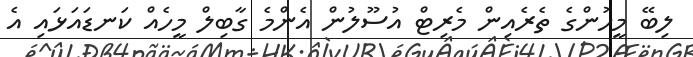
ލިބޭ މީހުންގެ ތެރެއިން މެރިޓް އުސޫލުން އެންމެ ގާބިލް މީހެއް ކަނޑައަޅައި އެ